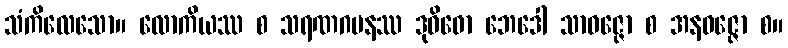
သံကိလေသော။ လောကိယဿ စ သရဏဂမနဿ ဒုဝိဓော ဘေဒေါ သာဝဇ္ဇော စ အနဝဇ္ဇော စ။